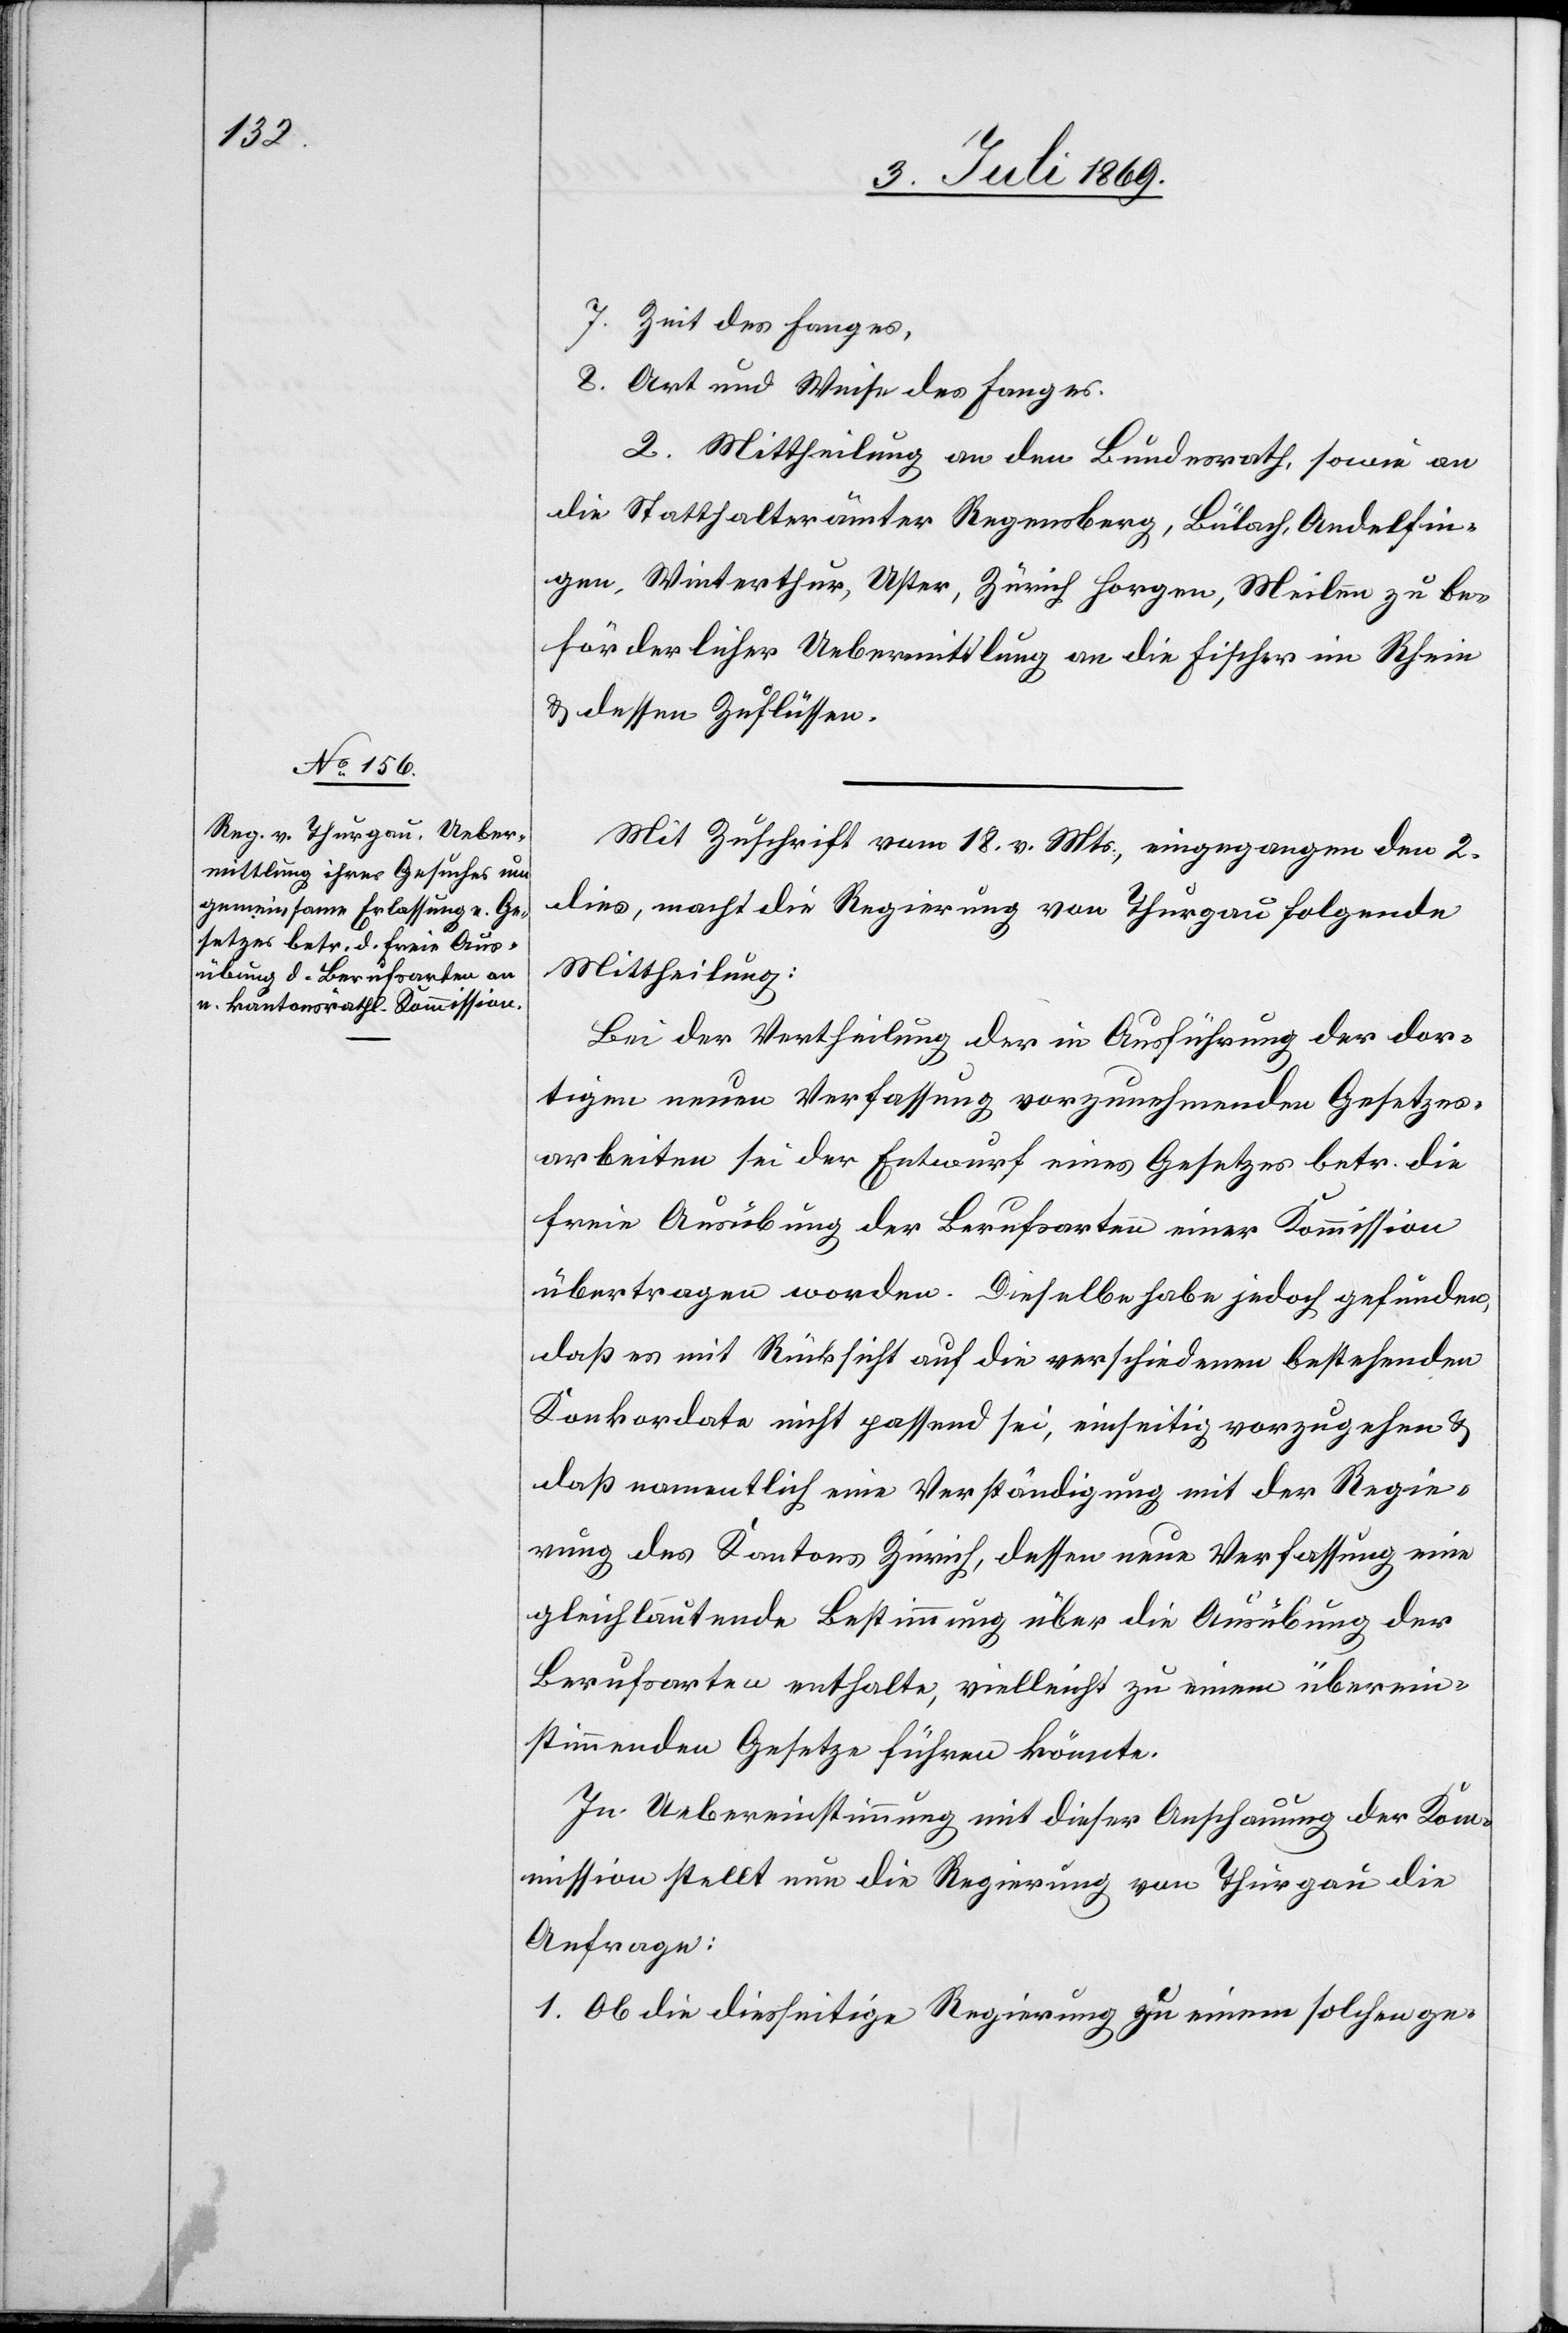
7. Zeit des Fanges,
8. Art und Weise des Fanges.
2. Mittheilung an den Bundesrath, sowie an
die Statthalterämter Regensberg, Bülach, Andelfin¬
gen, Winterthur, Uster, Zürich, Horgen, Meilen zu be¬
förderlicher Uebermittlung an die Fischer im Rhein
u. dessen Zuflüssen.
Mit Zuschrift vom 18v. Mts., eingegangen den 2
dies, macht die Regierung von Thurgau folgende
Mittheilung:
Bei der Vertheilung der in Ausführung der dor¬
tigen neuen Verfassung vorzunehmenden Gesetzes¬
arbeiten sei der Entwurf eines Gesetzes betr. die
freie Ausübung der Berufsarten einer Kommission
übertragen worden. Dieselbe habe jedoch gefunden,
daß es mit Rücksicht auf die verschiedenen bestehenden
Konkordate nicht passend sei, einseitig vorzugehen u.
daß namentlich eine Verständigung mit der Regie¬
rung des Kantons Zürich, dessen neue Verfassung eine
gleichbedeutende Bestimmung über die Ausübung der
Berufsarten enthalte, vielleicht zu einem überein¬
stimmenden Gesetze führen könnte.
In Uebereinstimmung mit dieser Anschauung der Ko¬
mmission stellt nun die Regierung von Thurgau die
Anfrage:
1. Ob die diesseitige Regierung zu einem solchen ge-